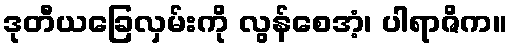
ဒုတီယခြေလှမ်းကို လွန်စေအံ့၊ ပါရာဇိက။